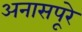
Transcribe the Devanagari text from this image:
अनासपूरे